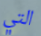
التي